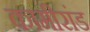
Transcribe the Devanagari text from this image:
कामीरांड